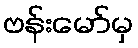
ဗန်းမော်မှ